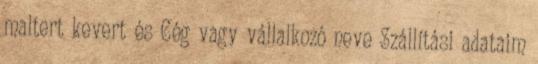
maltert kevert és Cég vagy vállalkozó neve Szállítási adataim